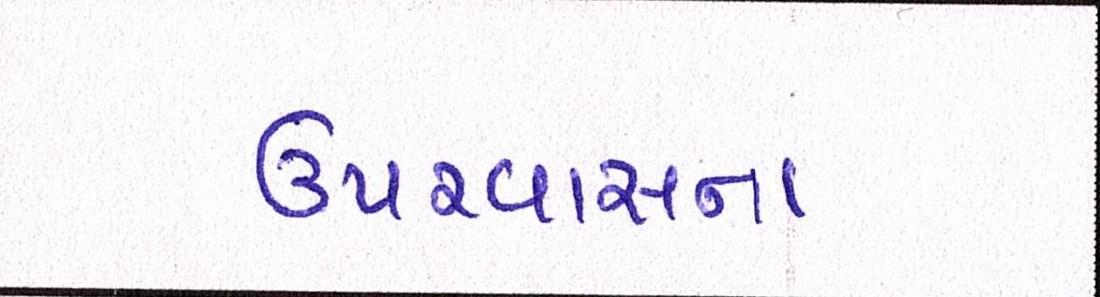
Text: ઉપરવાસના